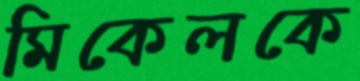
মিকেলকে